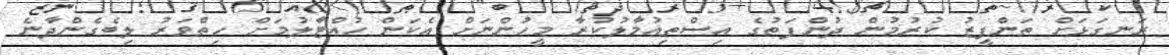
ރަނގަޅަށް ތަންފީޒު ކުރުމުން ދުންފަތުގެ އިސްތިޢުމާލުކުރާ މީހުންނަށް އެކަން ހުއްޓާލުމަށް ހިތްވަރު ލިބެގެންދާނެ